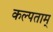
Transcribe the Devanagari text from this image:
कल्पताम्